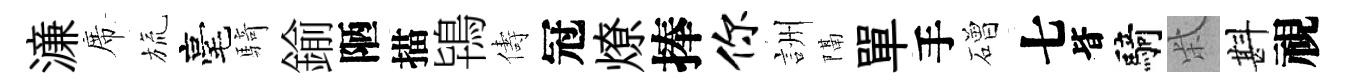
濓席旒毫騎鍮陋描鴇儔冠燎捧你詶隔單手磳七𣅜騎柴斟視